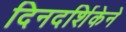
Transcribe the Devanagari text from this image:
दिनदर्शिकेने